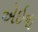
એઇના